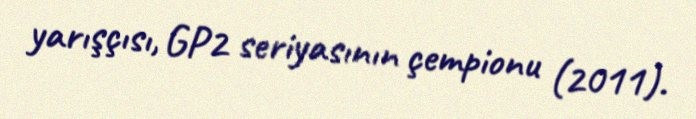
yarışçısı, GP2 seriyasının çempionu (2011).